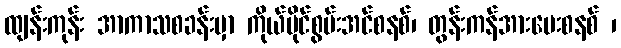
ထျန်းကုန်း အာကာသစခန်းမှာ ကိုယ်ပိုင်စွမ်းအင်စနစ်၊ တွန်းကန်အားပေးစနစ် ၊